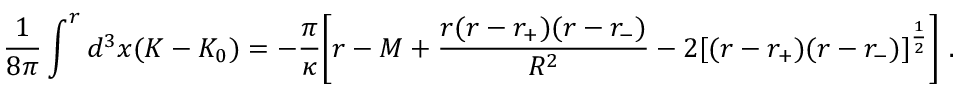
\frac { 1 } { 8 \pi } \int ^ { r } d ^ { 3 } x ( K - K _ { 0 } ) = - \frac { \pi } { \kappa } \Biggl [ r - M + \frac { r ( r - r _ { + } ) ( r - r _ { - } ) } { R ^ { 2 } } - 2 [ ( r - r _ { + } ) ( r - r _ { - } ) ] ^ { \frac { 1 } { 2 } } \Biggr ] \ .